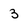
Character: 3